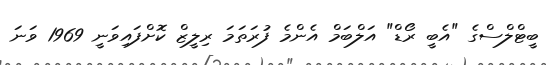
ބީޓްލްސްގެ "އެބީ ރޯޑް" އަލްބަމް އެންމެ ފުރަތަމަ ރިލީޒް ކޮށްފައިވަނީ 1969 ވަނަ